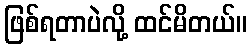
ဖြစ်ရတာပဲလို့ ထင်မိတယ်။